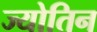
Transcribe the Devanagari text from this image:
ज्योतिन